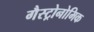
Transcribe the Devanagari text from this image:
गैस्ट्रोनोमिक